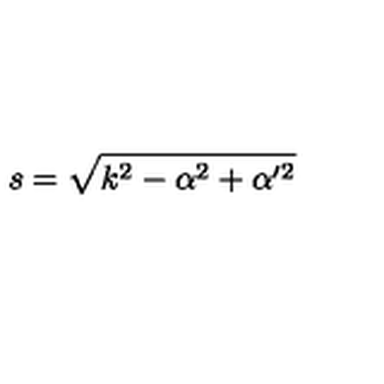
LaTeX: s = \sqrt { k ^ { 2 } - \alpha ^ { 2 } + \alpha ^ { \prime 2 } }